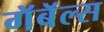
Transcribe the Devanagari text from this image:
गॅबॅल्स